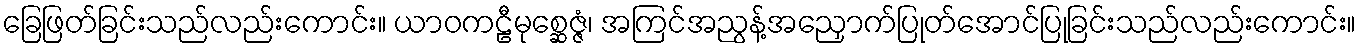
ခြေဖြတ်ခြင်းသည်လည်းကောင်း။ ယာဝကဠီမုစ္ဆေဇ္ဇံ၊ အကြင်အညွန့်အညှောက်ပြုတ်အောင်ပြုခြင်းသည်လည်းကောင်း။